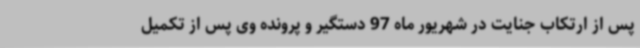
پس از ارتکاب جنایت در شهریور ماه 97 دستگیر و پرونده وی پس از تکمیل